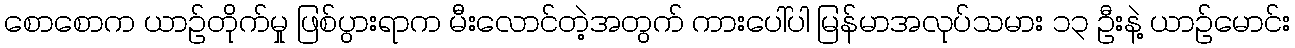
စောစောက ယာဉ်တိုက်မှု ဖြစ်ပွားရာက မီးလောင်တဲ့အတွက် ကားပေါ်ပါ မြန်မာအလုပ်သမား ၁၃ ဦးနဲ့ ယာဉ်မောင်း